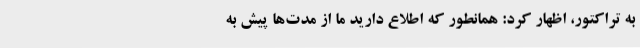
به تراکتور، اظهار کرد: همانطور که اطلاع دارید ما از مدت‌ها پیش به